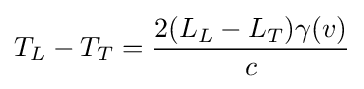
T_{L}-T_{T}={\frac {2(L_{L}-L_{T})\gamma (v)}{c}}